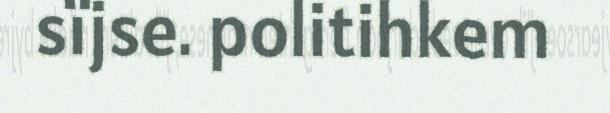
sïjse. politihkem